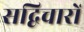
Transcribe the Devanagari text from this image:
सद्विचारों